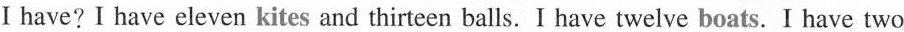
I have? I have eleven kites and thirteen balls. I have twelve boats. I have two